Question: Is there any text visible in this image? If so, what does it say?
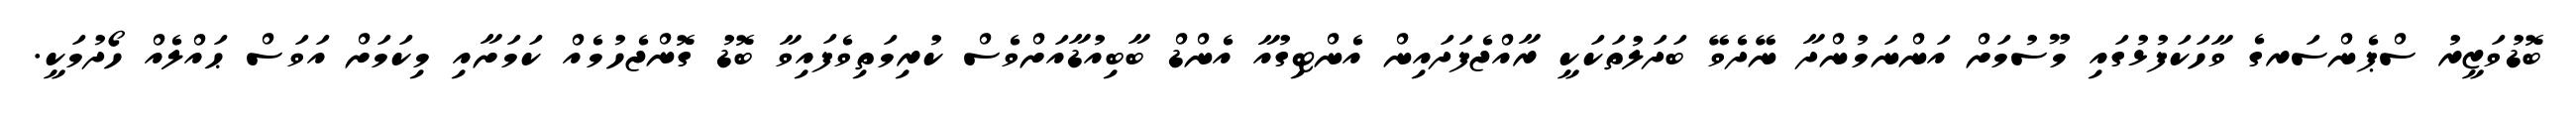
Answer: ބޮޑުވަޒީރު ސްޕެންސަރގެ ވާހަކަފުޅުގައި މޫސުމަށް އަންނަމުންދާ ނޭދެވޭ ބަދަލުތަކަކީ ރާއްޖެފަދައިން އެންޓިގުއާ އެންޑް ބާބިއުޑާއަށްވެސް ކުރިމަތިވެފައިވާ ބޮޑު ގޮންޖެހުމެއް ކަމަށާއި މިކަމަށް އަވަސް ޙައްލެއް ހޯދުމަކީ.